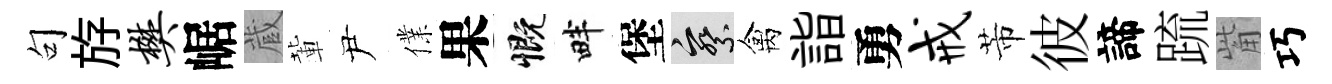
句斿樊崌蔵輩尹㒒果慨畔堡察禽詣勇戒芾彼諦䟽觜巧